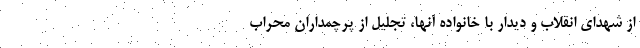
از شهدای انقلاب و دیدار با خانواده آنها، تجلیل از پرچمداران محراب